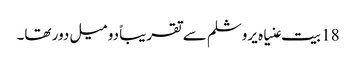
18 بیت عنیاہ یروشلم سے تقریباً دو میل دور تھا۔